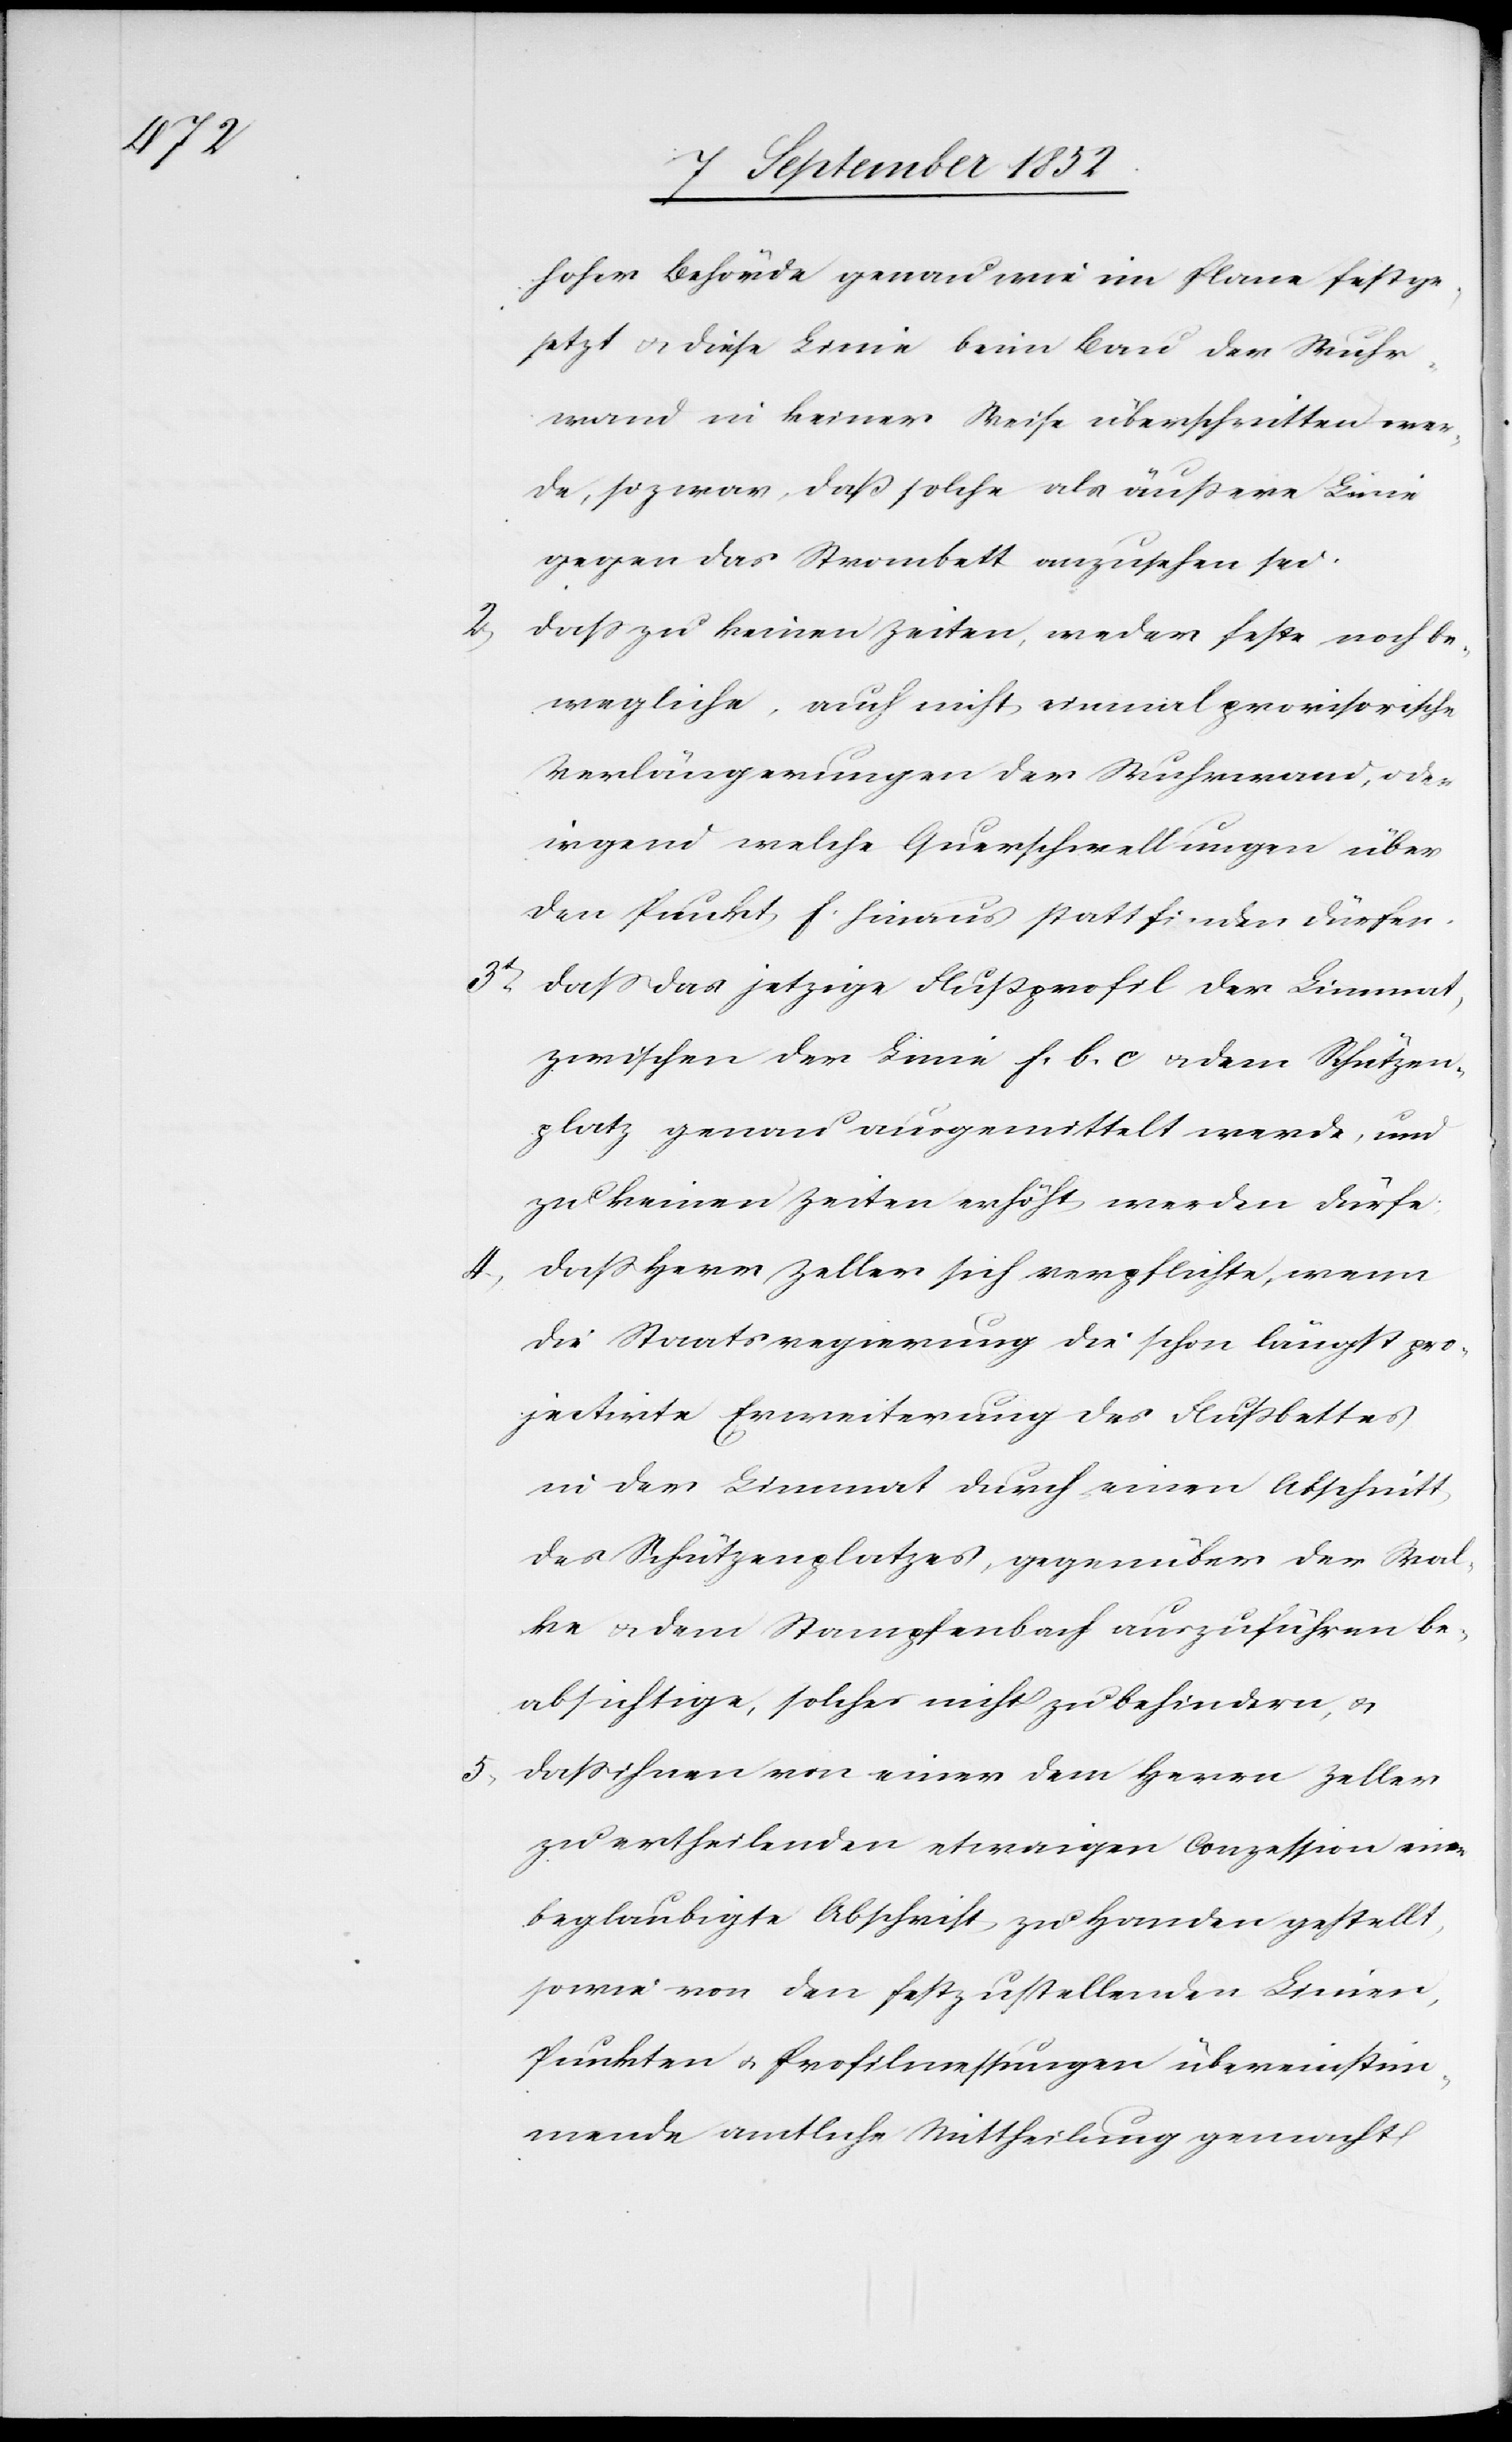
3t.

hoher Behörde genau wie im Plane festge¬
setzt & diese Linie beim Bau der Wuhr¬
wand in keiner Weise überschritten wer¬
de, so zwar, daß solche als äußere Linie
gegen das Strombett anzusehen sei.
dass zu keinen Zeiten, weder feste noch be¬
wegliche, auch nicht einmal provisorische
Verlängerungen der Wuhrwand, oder
irgend welche Querschwellungen über
den Punkt f. hinaus stattfinden dürfen.
dass das jetzige Flußprofil der Limmat,
zwischen der Linie f. b. c & dem Schützen¬
platz genau ausgemittelt werde, und
zu keinen Zeiten erhöht werden dürfe.
dass Herr Zeller sich verpflichte, wenn
die Staatsregierung die schon längst pro¬
jectirte Erweiterung des Flußbettes
in der Limmat durch einen Abschnitt
des Schützenplatzes, gegenüber der Wal¬
ke & dem Stampfenbach auszuführen be¬
absichtige, solches nicht zu behindern, &
dass ihnen von einer dem Herrn Zeller
zu ertheilenden etwaigen Conzession eine
beglaubigte Abschrift zu Handen gestellt,
sowie von den festzustellenden Linien,
Punkten & Profilmessungen übereinstim¬
mende amtliche Mittheilung gemacht